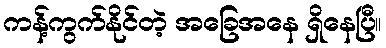
ကန့်ကွက်နိုင်တဲ့ အခြေအနေ ရှိနေပြီ။